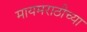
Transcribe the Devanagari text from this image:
मायमराठीच्या